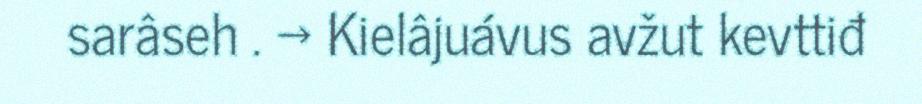
sarâseh . → Kielâjuávus avžut kevttiđ